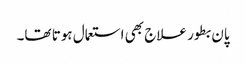
پان بطور علاج بھی استعمال ہوتا تھا۔